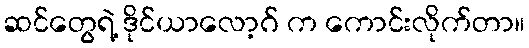
ဆင်တွေရဲ့ ဒိုင်ယာလော့ဂ် က ကောင်းလိုက်တာ။